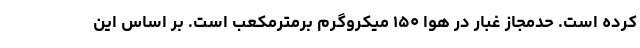
کرده است. حدمجاز غبار در هوا ۱۵۰ میکروگرم برمترمکعب است. بر اساس این